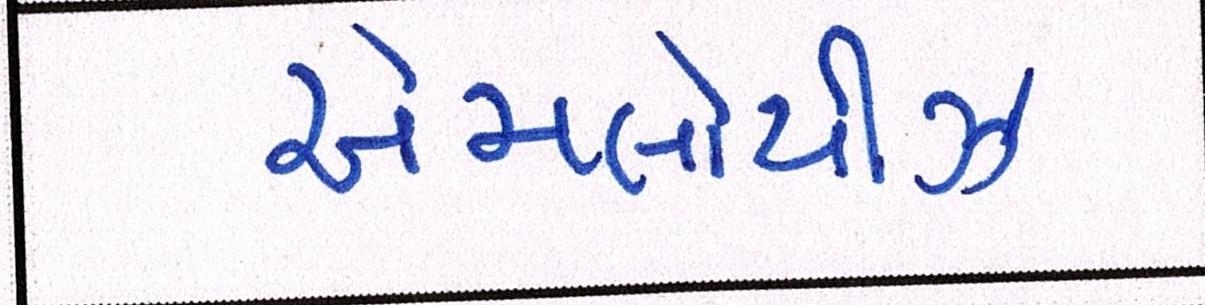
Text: એમ્પ્લોયીઝ